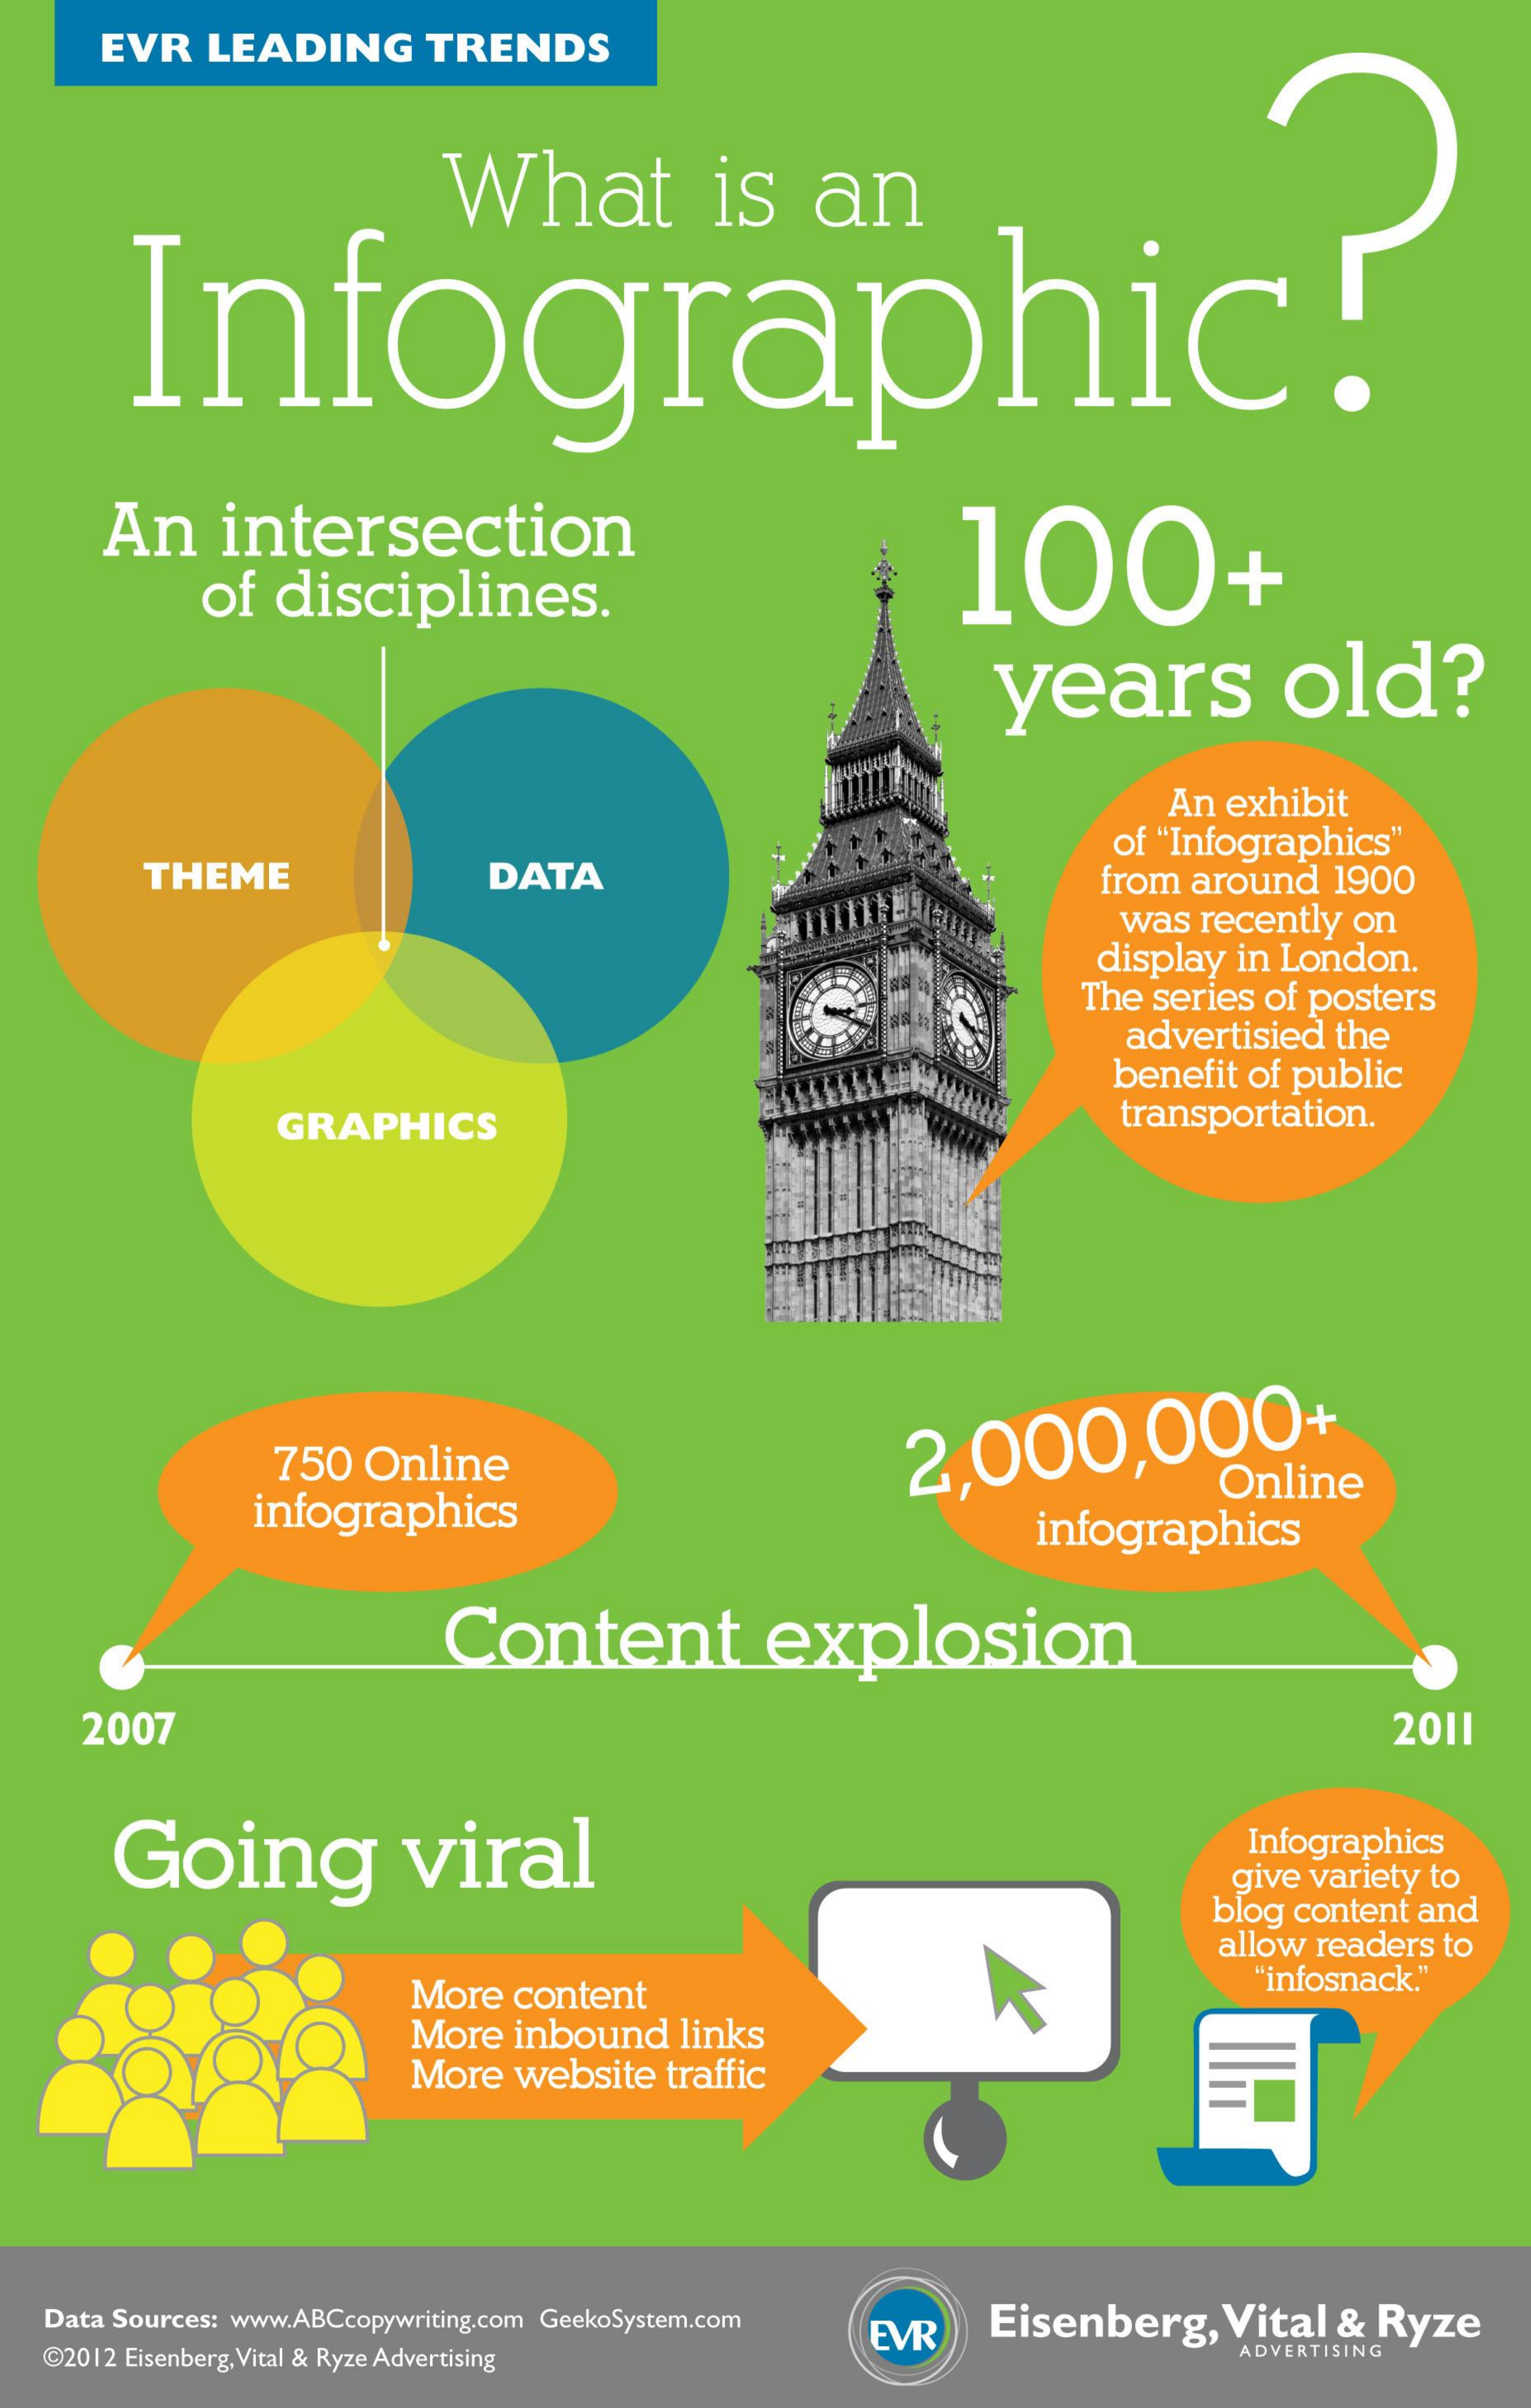
EVR  LEADING    TRENDS
     What    is   an
     Infographic!"
     An   intersection
     of disciplines.
     100+
     years    old?
     An exhibit
     of "Infographics"
     THEME    DATA    from around 1900
     was recently on
     display in London.
     The series of posters
     advertisied the
     benefit of public
     GRAPHICS    transportation.
     750 Online    2,000,000
     infographics
     Online
     infographics
     Content    explosion
    2007    2011
     Going    viral
     Infographics
     give variety to
     blog content and
     allow readers to
     More content    "infosnack."
     More inbound links
     More website traffic
   Data Sources: www.ABCcopywriting.com GeekoSystem.com Eisenberg, Vital & Ryze
  @2012 Eisenberg, Vital & Ryze Advertising
     EVR
     ADVERTISING